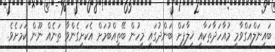
ބައިނަލްއަގްވާމީ މުއާހަދާތަކާއި ޚިލާފަށް ބަންދުގައި މީހުން ބޭތިއްބުމަށް އެކަށީގެންވާ ތަނެއް ނޫން ކަމަށެވެ.